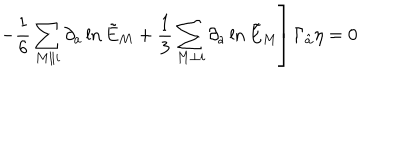
\qquad \qquad \qquad \left. - { \frac { 1 } { 6 } } \sum _ { M \parallel i } \partial _ { a } \ln \tilde { E } _ { M } + { \frac { 1 } { 3 } } \sum _ { M \perp i } \partial _ { a } \ln \tilde { E } _ { M } \right] \Gamma _ { \hat { a } } \eta = 0